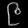
Digit: ၉